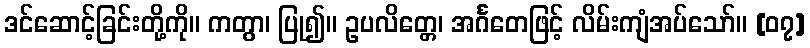
ဒင်ဆောင့်ခြင်းတို့ကို။ ကတွာ၊ ပြု၍။ ဥပလိတ္တေ၊ အင်္ဂတေဖြင့် လိမ်းကျံအပ်သော်။ [၀၇]